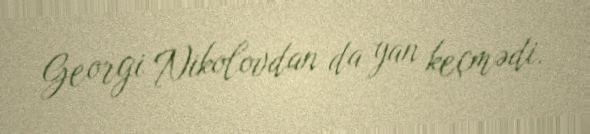
Georgi Nikolovdan da yan keçmədi.